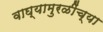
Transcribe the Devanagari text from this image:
वाघ्यामुरळींच्या